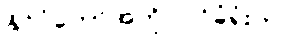
နိုင်ငံတော်အတိုင်ပင်ခံရုံးက